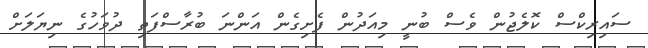
ސައިރިކްސް ކޮލެޖުން ވެސް ބުނީ މިއަދުން ފެށިގެން އަންނަ ބުރާސްފަތި ދުވަހުގެ ނިޔަލަށް